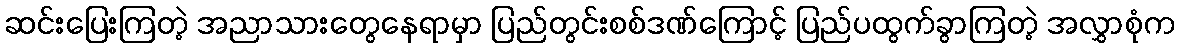
ဆင်းပြေးကြတဲ့ အညာသားတွေနေရာမှာ ပြည်တွင်းစစ်ဒဏ်ကြောင့် ပြည်ပထွက်ခွာကြတဲ့ အလွှာစုံက